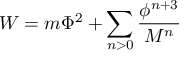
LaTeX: W = m \Phi ^ { 2 } + \sum _ { n > 0 } { \frac { \phi ^ { n + 3 } } { M ^ { n } } }